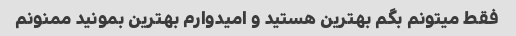
فقط میتونم بگم بهترین هستید و امیدوارم بهترین بمونید ممنونم